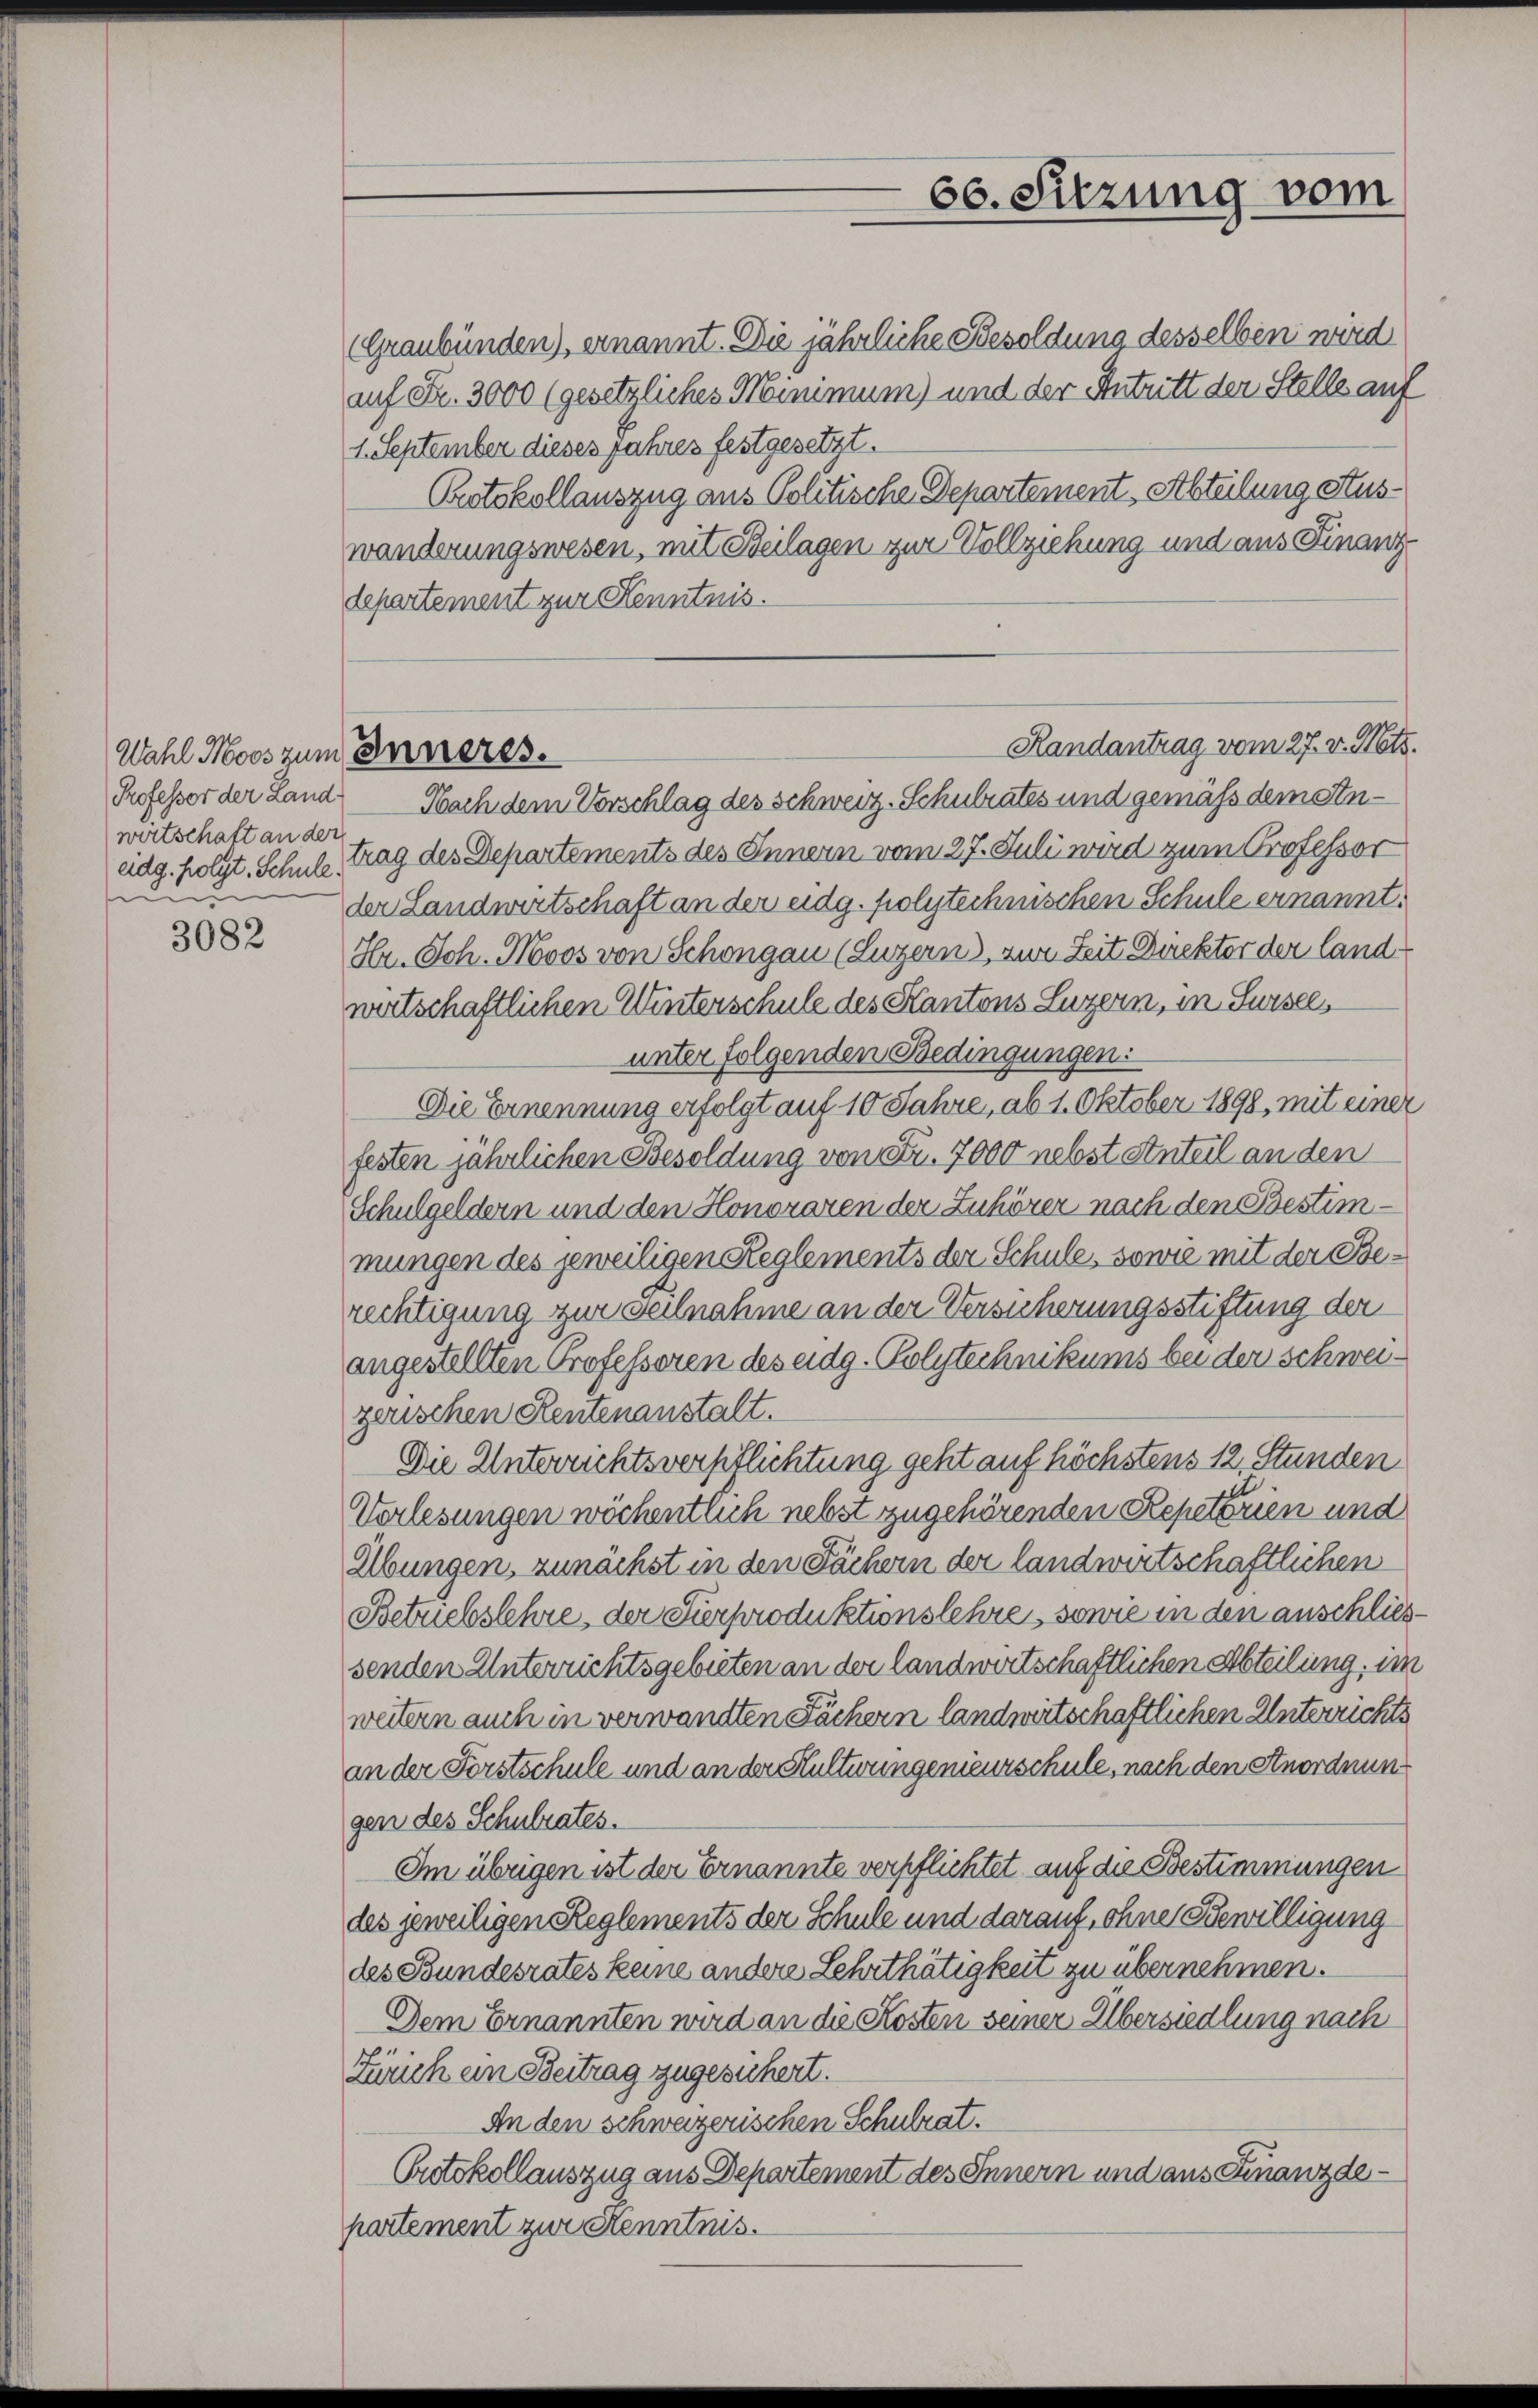
wirtschaft an der
din

3082

(Graubünden), ernannt. Die jährliche Besoldung desselben wird
auf Fr. 3000 (gesetzliches Minimum) und der Antritt der Stelle auf
1. September dieses Jahres festgesetzt.
Protokollauszug aus Politische Departement Abteilung Auswänderungswesen, mit Beilagen zur Vollziehung und aus Finanz
departement zur Kenntnis.
Professor der Land Nach dem Vorschlag des Schweiz. Schulrates und gemäß dem Aneidg. folgt. Schule trag des Departements des Innern vom 27. Juli wird zum Professor
der Landwirtschaft an der eidg. polytechnischen Schule ernannt.
Hr. Sch. Novos von Schongau (Luzern), zur Zeit Direkter der land
wirtschaftlichen Winterschule des Kantons Luzern, in Sursees
unter folgenden Bedingungen:
Die Ernennung erfolgt auf 10 Jahre, ab 1. Oktober 1898, mit einer
festen jährlichen Besoldung von Fr. 7000 nebst Anteil an den
Schulgeldern und den Honoraren der Zuhörer nach den Bestimmungen des jeweiligen Reglements der Schule, sowie mit der Berechtigung zur Teilnahme an der Versicherungsstiftung der
angestellten Professoren des eidg. Polytechnikums bei der Schweigerischen Rentenanstalt.
Die Unterrichtsverpflichtung geht auf höchstens 12, Stunden
Verlesungen wöchentlich nebst zugehörenden Repeterien und
Übungen, zunächst in den Fächern der landwirtschaftlichen
Betriebslehre, der Sierproduktionslehre, sowie in den anschliessenden Unterrichtsgebieten an der landwirtschaftlichen Abteilung, im
weitern auch in verwandten Fächern landwirtschaftlichen Unterrichts
an der Forstschule und an der Hultwungenieurschule, nach den Anordnung
gen des Schulrates.
Im übrigen ist der Ernannte verpflichtet auf die Bestimmungen
des jeweiligen Reglements der Schule und darauf, ohne Bewilligung
des Bundesrates keine andere Lehrthätigkeit zu übernehmen.
Dem Ernannten wird an die Kosten seiner Übersiedlung nach
Zürich ein Beitrag zugesichert.
An den schweizerischen Schulrat.
Protokollauszug aus Departement des Innern und aus Finanzdepartement zur Kenntnis.

Wahl Moos zum Inneres.

Randantrag vom 27. v. Mts.

60. Sitzung vom